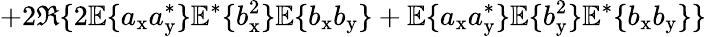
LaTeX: +2\Re\{ 2\mathbb{E}\{ a_{\mathrm{x}}a_{\mathrm{y}}^{\ast}\} \mathbb{E}^{\ast}\{ b_{\mathrm{x}}^{2}\} \mathbb{E}\{ b_{\mathrm{x}}b_{\mathrm{y}}\} +\mathbb{E}\{ a_{\mathrm{x}}a_{\mathrm{y}}^{\ast}\} \mathbb{E}\{ b_{\mathrm{y}}^{2}\} \mathbb{E}^{\ast}\{ b_{\mathrm{x}}b_{\mathrm{y}}\} \}